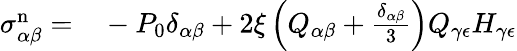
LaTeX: \begin{array}{rl}{\sigma_{\alpha\beta}^{\mathrm{n}}=}&{{}-P_{0}\delta_{\alpha\beta}+2\xi\left(Q_{\alpha\beta}+\frac{\delta_{\alpha\beta}}{3}\right)Q_{\gamma\epsilon}H_{\gamma\epsilon}}\end{array}